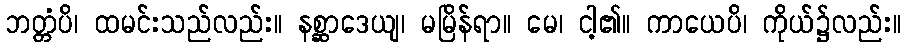
ဘတ္တံပိ၊ ထမင်းသည်လည်း။ နစ္ဆာဒေယျ၊ မမြိန်ရာ။ မေ၊ ငါ့၏။ ကာယေပိ၊ ကိုယ်၌လည်း။